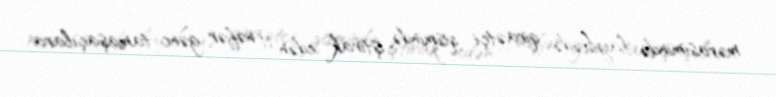
mərasimində layihədə qiraətçi qismində iştirak edən 11 nəfər gənc tamaşaçılara